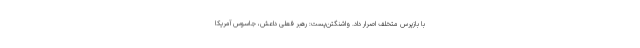
با بازپرس متخلف اصرار داد. واشنگتن‌پست: رهبر فعلی داعش، جاسوس آمریکا